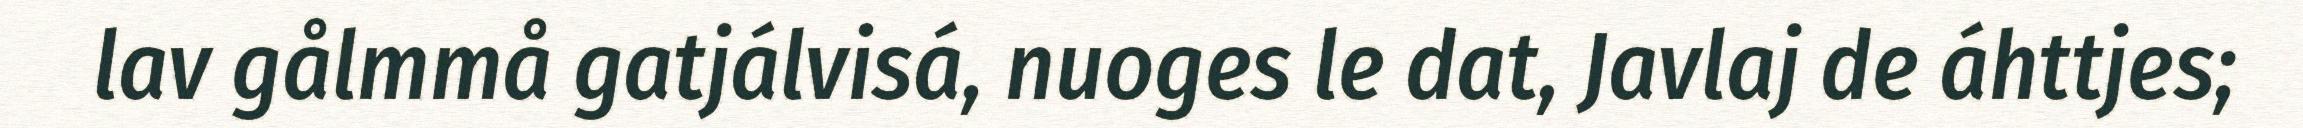
lav gålmmå gatjálvisá, nuoges le dat, Javlaj de áhttjes;